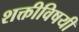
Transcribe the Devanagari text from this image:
शक्तीविषयी